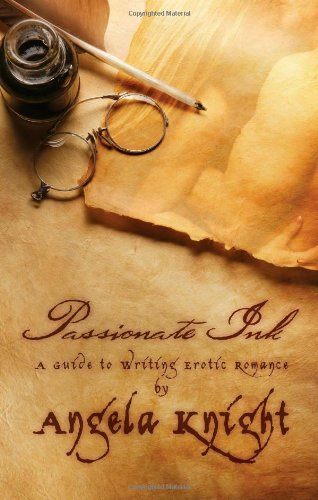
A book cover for Passionate Ink: A Guide to Writing Erotic Romance; Angela Knight; Romance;